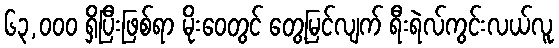
၆၃,၀၀၀ ရှိပြီးဖြစ်ရာ မိုးဝေတွင် တွေ့မြင်လျက် ရီးရဲလ်ကွင်းလယ်လူ